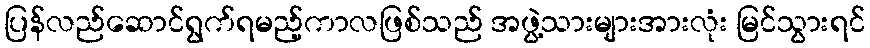
ပြန်လည်ဆောင်ရွက်ရမည့်ကာလဖြစ်သည် အဖွဲ့သားများအားလုံး မြင်သွားရင်